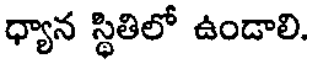
ధ్యాన స్థితిలో ఉండాలి.